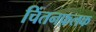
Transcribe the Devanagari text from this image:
चिंतनफ़लक